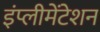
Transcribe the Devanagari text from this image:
इंप्लीमेंटेशन